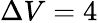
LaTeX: \Delta V=4